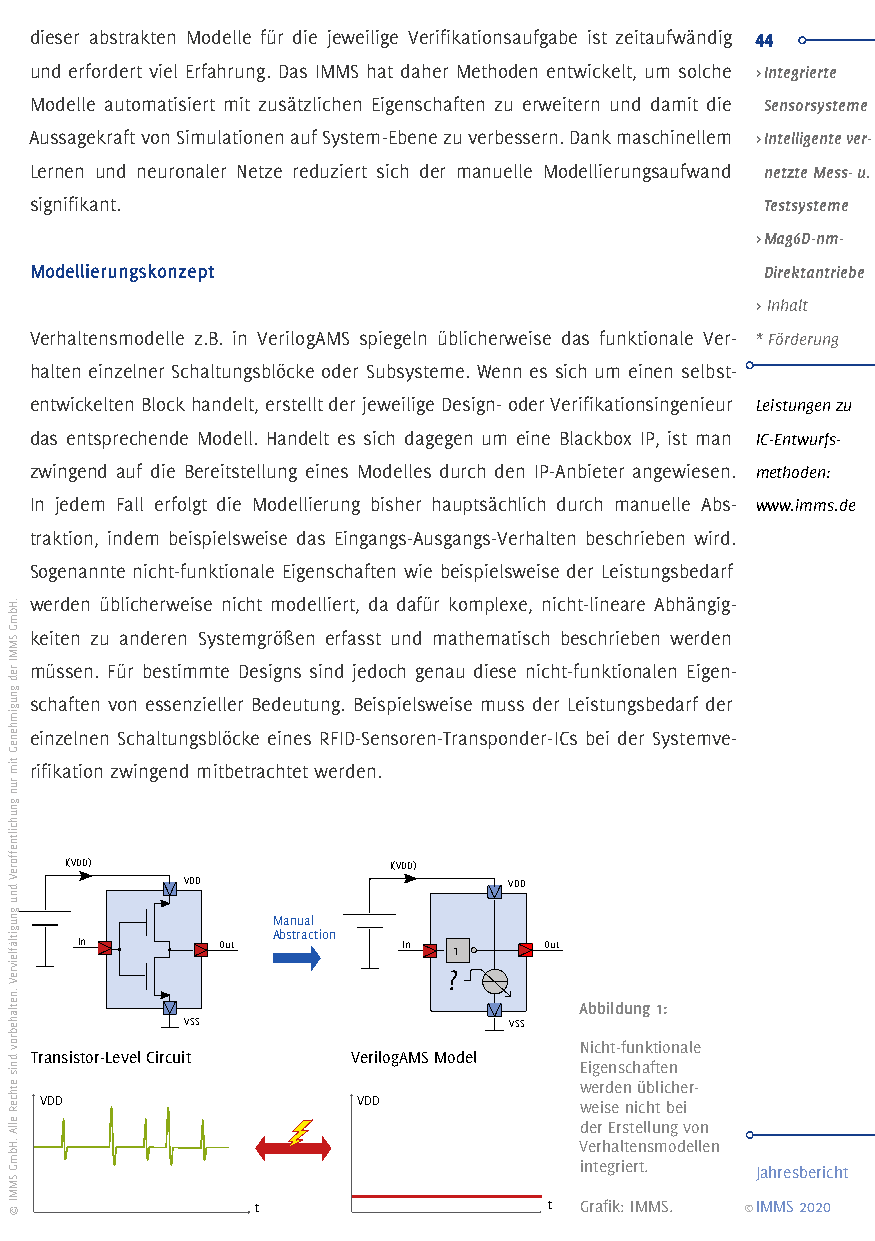
dieser abstrakten Modelle für die jeweilige Verifikationsaufgabe ist zeitaufwändig 44
 und erfordert viel Erfahrung. Das IMMS hat daher Methoden entwickelt, um solche > Integrierte
 Modelle automatisiert mit zusätzlichen Eigenschaften zu erweitern und damit die Sensorsysteme
 Aussagekraft von Simulationen auf System-Ebene zu verbessern. Dank maschinellem > Intelligente ver-
 Lernen und neuronaler Netze reduziert sich der manuelle Modellierungsaufwand netzte Mess- u.
 signifikant.                                     Testsysteme
 > Mag6D-nm-
 Modellierungskonzept                             Direktantriebe
 > Inhalt
 Verhaltensmodelle z.B. in VerilogAMS spiegeln üblicherweise das funktionale Ver- * Förderung
 halten einzelner Schaltungsblöcke oder Subsysteme. Wenn es sich um einen selbst-
 entwickelten Block handelt, erstellt der jeweilige Design- oder Verifikationsingenieur Leistungen zu
 das entsprechende Modell. Handelt es sich dagegen um eine Blackbox IP, ist man IC-Entwurfs-
 zwingend auf die Bereitstellung eines Modelles durch den IP-Anbieter angewiesen. methoden:
 In jedem Fall erfolgt die Modellierung bisher hauptsächlich durch manuelle Abs- www.imms.de
 traktion, indem beispielsweise das Eingangs-Ausgangs-Verhalten beschrieben wird.
 Sogenannte nicht-funktionale Eigenschaften wie beispielsweise der Leistungsbedarf
 werden üblicherweise nicht modelliert, da dafür komplexe, nicht-lineare Abhängig-
 keiten zu anderen Systemgrößen erfasst und mathematisch beschrieben werden
 müssen. Für bestimmte Designs sind jedoch genau diese nicht-funktionalen Eigen-
 schaften von essenzieller Bedeutung. Beispielsweise muss der Leistungsbedarf der
 einzelnen Schaltungsblöcke eines RFID-Sensoren-Transponder-ICs bei der Systemve-
 rifikation zwingend mitbetrachtet werden.
 I(VDD)                I(VDD)
 VDD                   VDD
 Manual
 Abstraction
 In       Out          In 1     Out
 ?
 Abbildung 1:
 VSS                   VSS
 Nicht-funktionale
 Transistor-Level Circuit VerilogAMS Model Eigenschaften
 werden üblicher-
 VDD                  VDD           weise nicht bei
 der Erstellung von
 Verhaltensmodellen
 integriert.
 Jahresbericht
 t                  t Grafik: IMMS. ©IMMS 2020
 .HbmG
 SMMI
 red
 gnugimheneG
 tim
 run
 gnuhciltnefföreV
 dnu
 gnugitläfleivreV
 .netlahebrov
 dnis
 ethceR
 ellA
 .HbmG
 SMMI
 ©